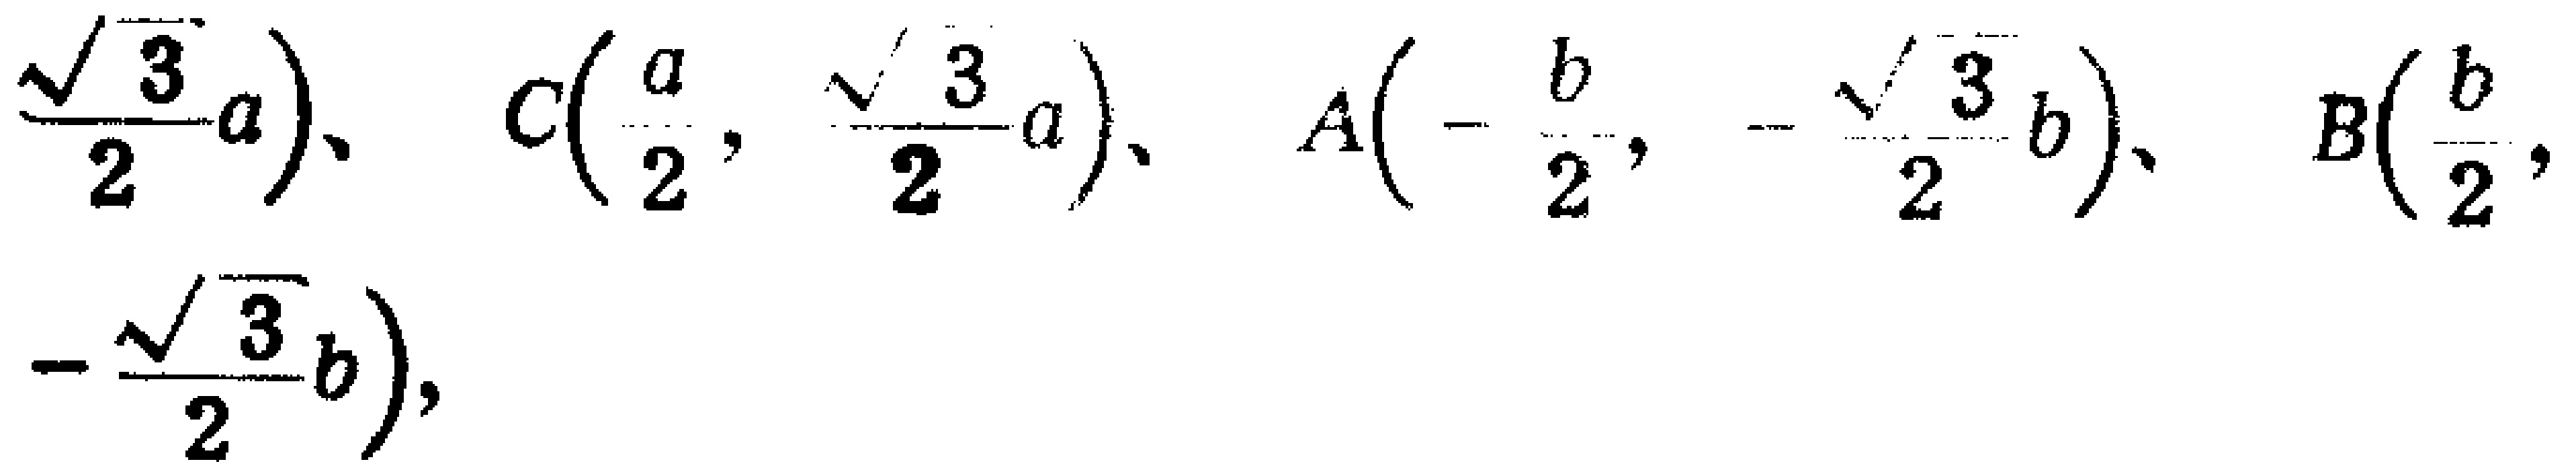
$\frac{\sqrt{3}}{2}a)、C(\frac{a}{2}, \frac{\sqrt{3}}{2}a)、A(-\frac{b}{2}, -\frac{\sqrt{3}}{2}b)、B(\frac{b}{2}, -\frac{\sqrt{3}}{2}b),$